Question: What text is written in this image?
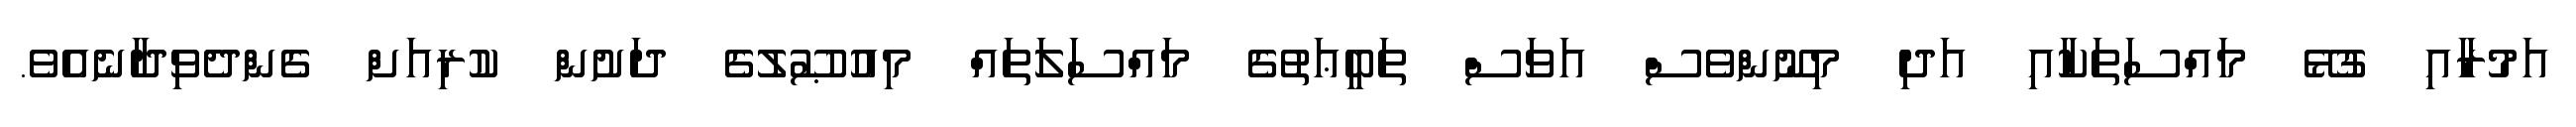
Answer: އަމުރާއި ގުޅޭ މައްސަތަކާއި އަދި މިނޫންވެސް އަވަސް ތަބީޢަތުގެ މައްސަލަތައް މިއުޞޫލުގެ ދަށުން ކުރިއަށް ގެންދެވިދާނެއެވެ.